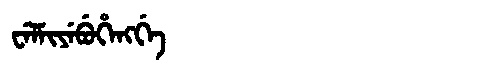
Manchu: ᠸᡝᠯᠮᡳᠶᡝᠪᡠᡥᡝᠩᡤᡝ
Romanization: WELMIYEBUHENGGE